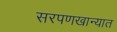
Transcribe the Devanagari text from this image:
सरपणखान्यात